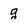
Character: g